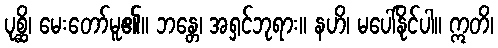
ပုစ္ဆိ၊ မေးတော်မူ၏။ ဘန္တေ၊ အရှင်ဘုရား။ နဟိ၊ မပေါ်နိုင်ပါ။ ဣတိ၊